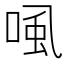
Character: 𰇽